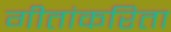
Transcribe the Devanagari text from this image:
गीतांकरिता